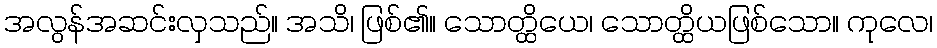
အလွန်အဆင်းလှသည်။ အသိ၊ ဖြစ်၏။ သောတ္ထိယေ၊ သောတ္ထိယဖြစ်သော။ ကုလေ၊